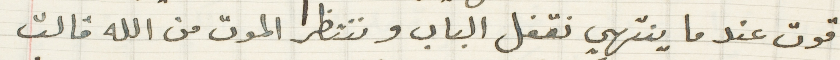
قوت عندما ينتهي نقفل الباب وننتظر الموت من الله قالت